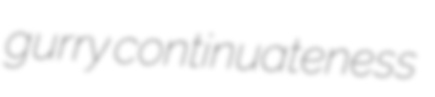
gurry continuateness